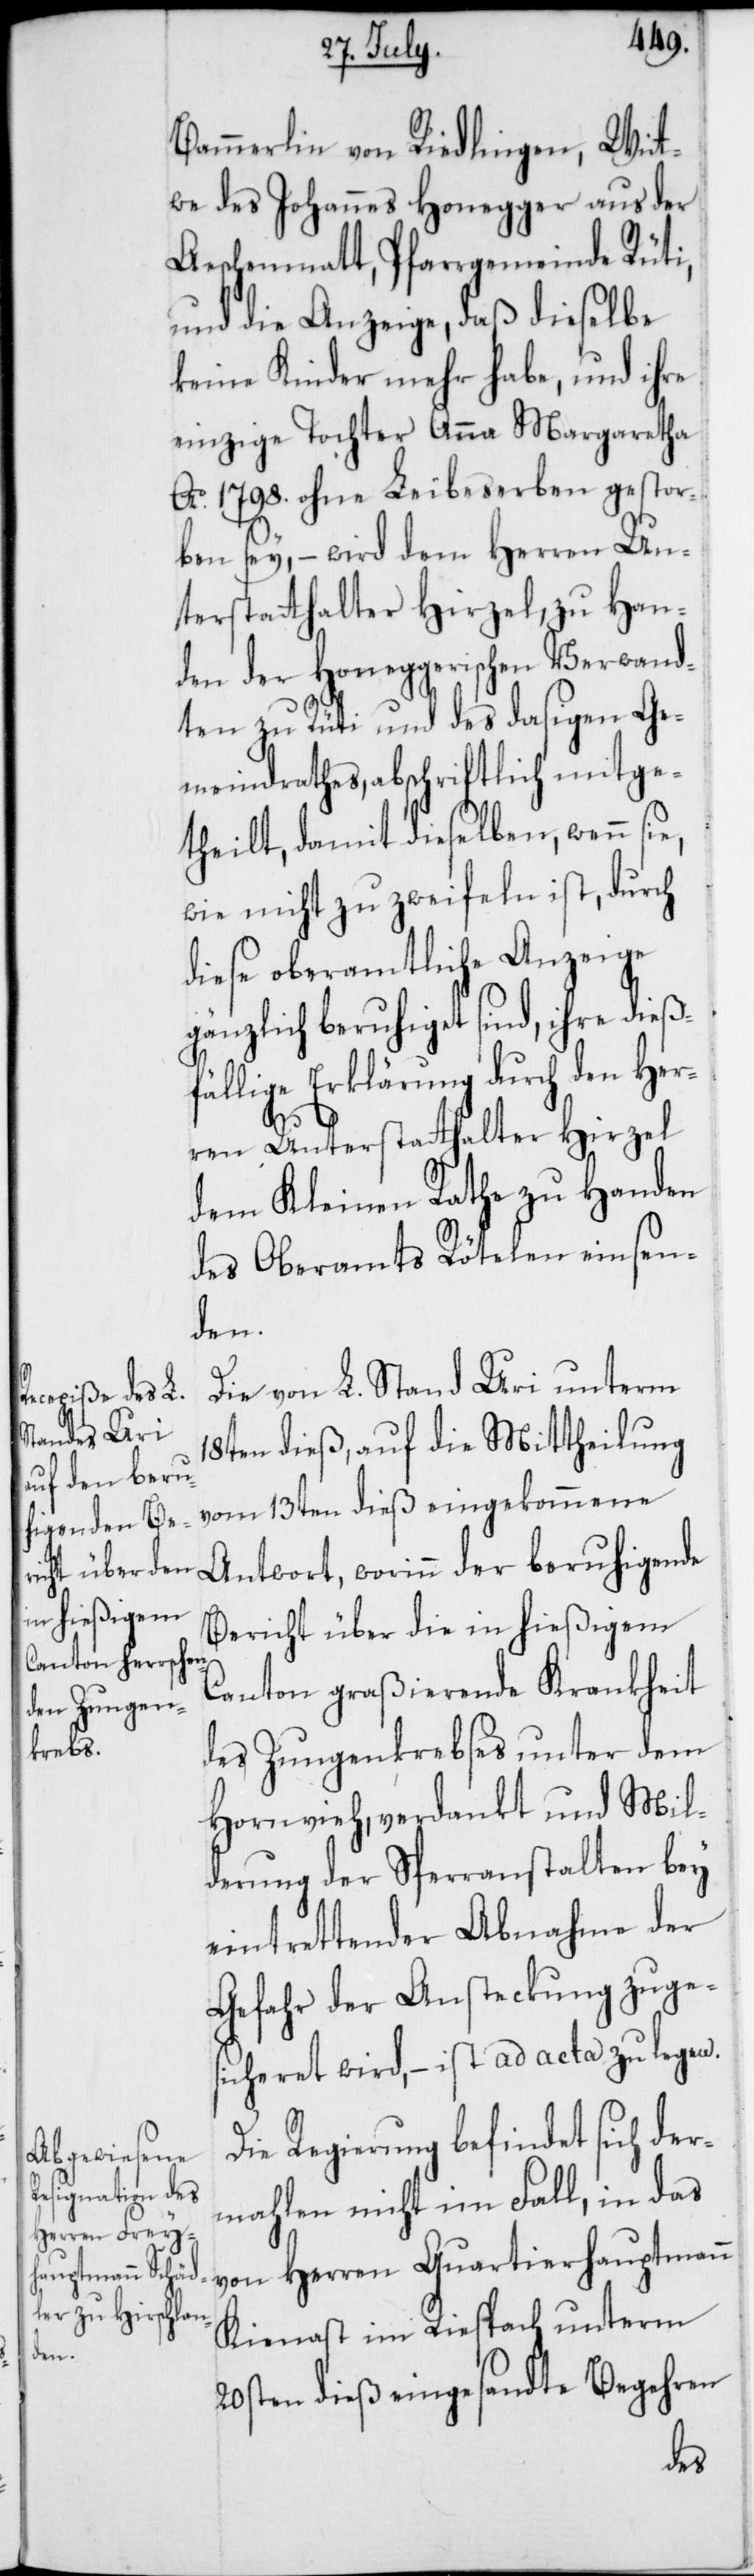
Bammerlin von Riedlingen, Wit¬
we des Johannes Honegger aus der
Aeschenmatt, Pfarrgemeinde Rüti,
und die Anzeige, daß dieselbe
keine Kinder mehr habe, und ihre
einzige Tochter Anna Margaretha
Ao 1798. ohne Leibeserben gestor¬
ben sey, – wird dem Herren Un¬
terstatthalter Hirzel, zu Han¬
den der Honeggerischen Verwand¬
ten zu Rüti und des dasigen Ge¬
meindrathes, abschriftlich mitge¬
theilt, damit dieselben, wenn sie,
wie nicht zu zweifeln ist, durch
diese oberamtliche Anzeige
gänzlich beruhiget sind, ihre dieß¬
fällige Erklärung durch den Her¬
ren Unterstatthalter Hirzel
dem Kleinen Rathe zu Handen
des Oberamts Rötelen einsen¬
den.
von dem L. Stand Uri unterm
18ten dieß auf die Mittheilung
vom 13ten dieß eingekommene
Antwort, worinn der beruhigende
Bericht über die in hießigem
Canton graßierende Krankheit
des Zungenkrebses unter dem
Hornvieh, verdankt und Mil¬
derung der Sperranstalten bey
eintrettender Abnahme der
Gefahr der Ansteckung zuge¬
sicheret wird, – ist ad acta zu legen.
Die Regierung befindet sich der¬
mahlen nicht im Fall, in das
von Herren Quartierhauptmann
Kienast im Riespach unterm
20sten dieß eingesandte Begehren